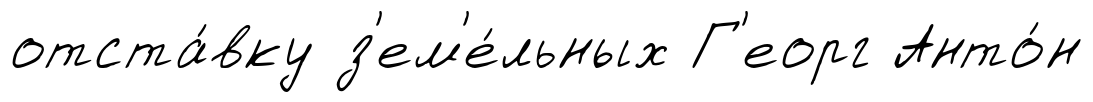
отста́вку з'ем'е́льных Г'еорг Анто́н